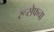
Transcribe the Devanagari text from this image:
रूसेफचा